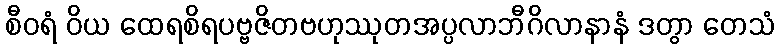
စီဝရံ ဝိယ ထေရစိရပဗ္ဗဇိတဗဟုဿုတအပ္ပလာဘီဂိလာနာနံ ဒတွာ တေသံ